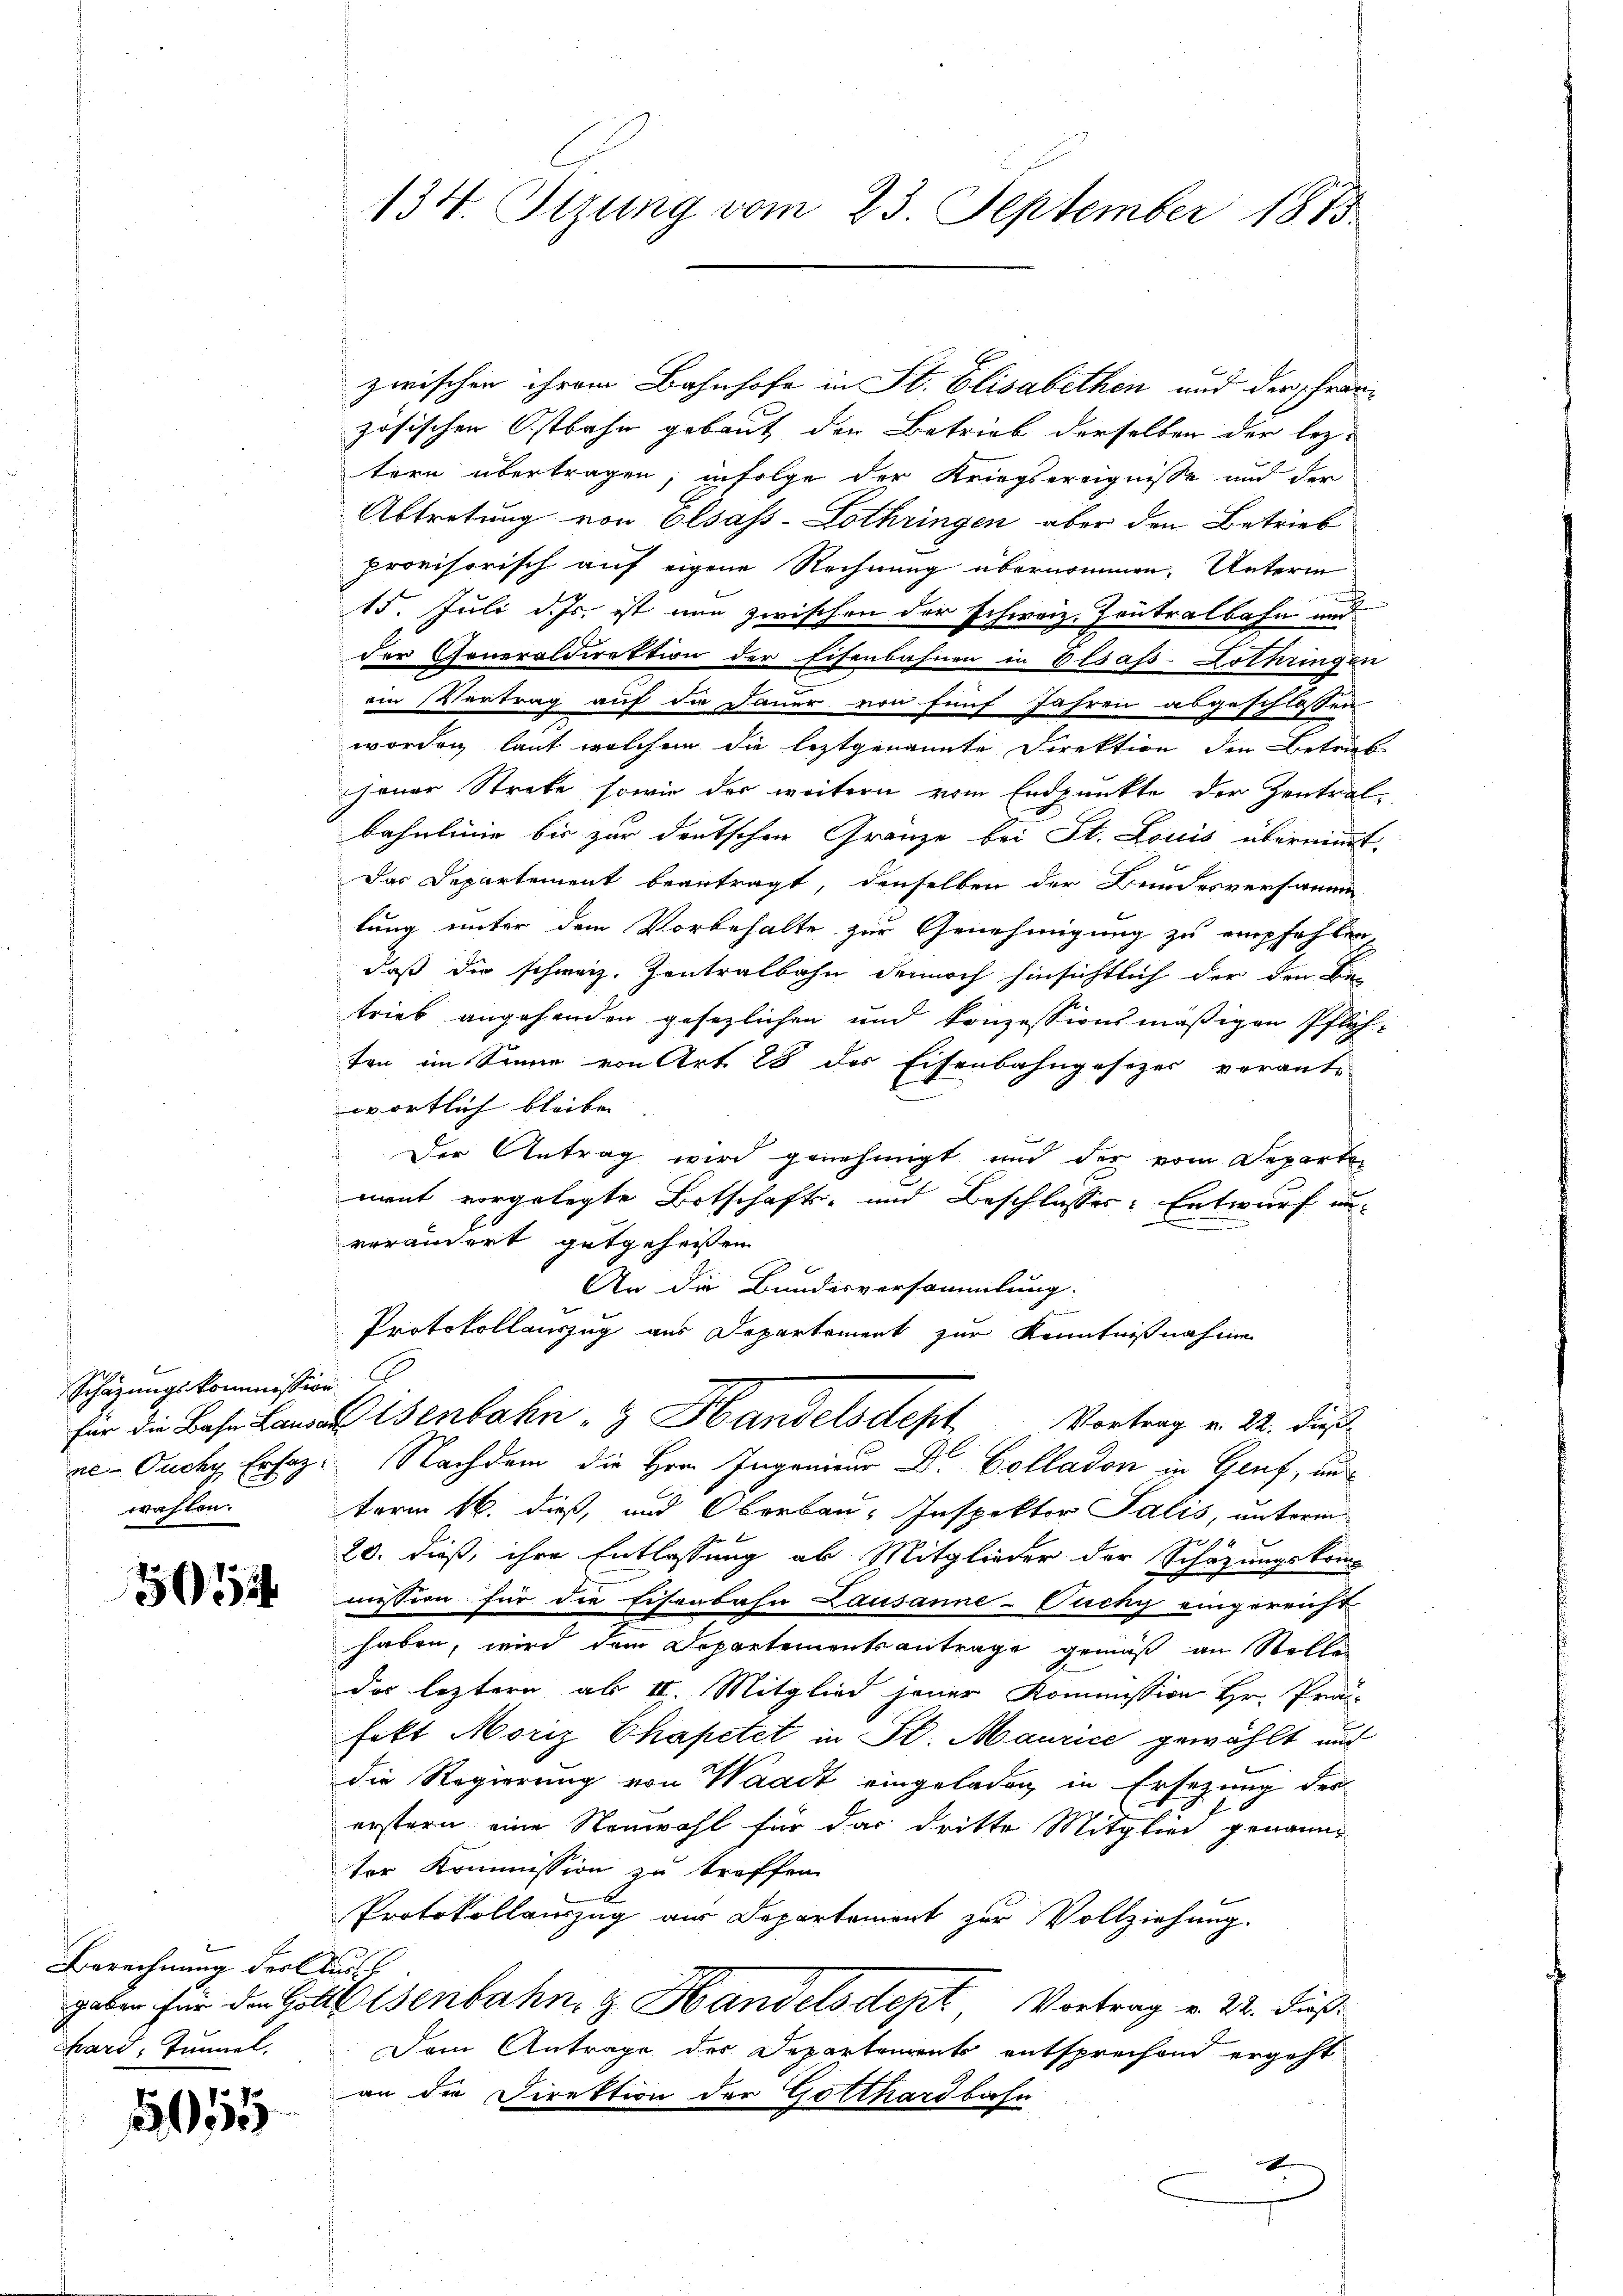
Schazungskommission
ne- Ouchy Erhaz
wahlen.

054

Berechnung des l.
gaben für den Hote
hard, Tunnel.

1555

134. Stzung vom 23. September 1815

zwischen ihrem Bahnhofe in St. Elisabethen und der Französischen Ostbahn gebaut den Betrieb derselben der lez-
tern übertragen, infolge der Kriegsereignisse und der
Abtretung von Elsass-Lothringen aber den Betrieb
provisorisch auf eigene Rechnung übernommen. Unterm
15. Juli d. Js. ist nun zwischen der schweiz. Pontralbahn und
der Generaldirektion der Eisenbahnen in Elsass-Lothringen
ein Vertrag auf die Dauer von fünf Jahren abgeschlossen
worden laut welchem die leztgenannte Direktion den Betrieb
jener Strete, sowie der weitern vom Endpunkte der Zentral-
bahnlinig bis zur deutschen Gränze bei St. Louis übernimmt.
Das Departement beantragt, denselben der Bundesversamm
lung unter dem Vorbehalte zur Genehmigung zu empfehlen
daß die schweiz. Zentralbahn dennoch hinsichtlich der den Sie-
trieb angehenden gesezlichen und konzessionsmäßigen Pflich-
ten im Sinne von Art. 28 des Eisenbahngesezes verant-
wörtlich bleiben |
Der Antrag wird genehmigt und der vom Departen
ment vorgelegte Botschafts- und Beschlusses: Entwurf au
verändert gutgeheißen
An die Bundesversammlung.
Protokollauszug aus Departement zur Kenntnißnahme
für die Bahn. Landatenbahn- & Handelsdept Vortrag v. 22. dieß
Nachdem die Hrn. Ingenieur Dr. Colladon in Genf, un
term 16. dieß, und Oberbau, Inspektor Salis, unterm
20. dieß, ihre Entlassung ab Mitglieder der Schazungskommission für die Eisenbahn Lausanne-Puchy eingereicht
haben, wird dem Departementantrage gemäß an Stelle
das leztern ab II. Mitglied jener Kommission Hr. Prä-
fekt Moriz Chapetet in St. Maurice gewählt und
die Regierung von Waadt eingeladen, in Ersezung der
erstern eine Neuwahl für das dritte Mitglied genannt
ter Kommission zu treffen.
Protokollauszug aus Departement zur Vollziehung.
h
Elsenbahn z. Handelsdept Vortrag v. 22. dieß
Dem Antrage des Departements entsprechend ergeht
an die Direktion der Gotthardbahn
d